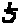
Text: 5